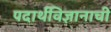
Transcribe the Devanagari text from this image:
पदार्थविज्ञानाची